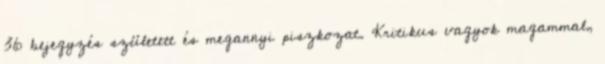
36 bejegyzés született és megannyi piszkozat. Kritikus vagyok magammal,